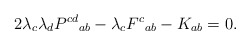
\begin{align*}2 \lambda_c \lambda_d P^{cd}{}_{ab} - \lambda_c F^c{}_{ab} - K_{ab} = 0. \end{align*}